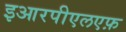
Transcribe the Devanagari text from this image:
इआरपीएलएफ़